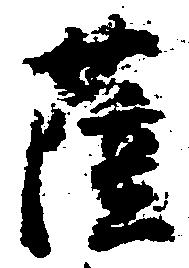
薩